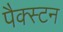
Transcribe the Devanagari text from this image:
पैक्स्टन